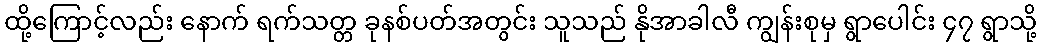
ထို့ကြောင့်လည်း နောက် ရက်သတ္တ ခုနစ်ပတ်အတွင်း သူသည် နိုအာခါလီ ကျွန်းစုမှ ရွာပေါင်း ၄၇ ရွာသို့